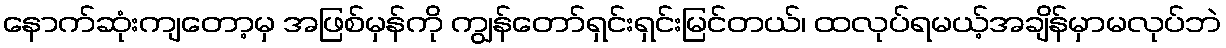
နောက်ဆုံးကျတော့မှ အဖြစ်မှန်ကို ကျွန်တော်ရှင်းရှင်းမြင်တယ်၊ ထလုပ်ရမယ့်အချိန်မှာမလုပ်ဘဲ